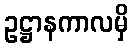
ဥဋ္ဌာနကာလမှိ